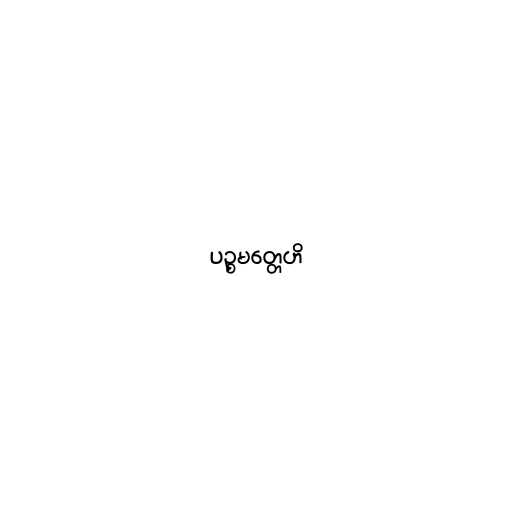
ပဉ္စမတ္တေဟိ